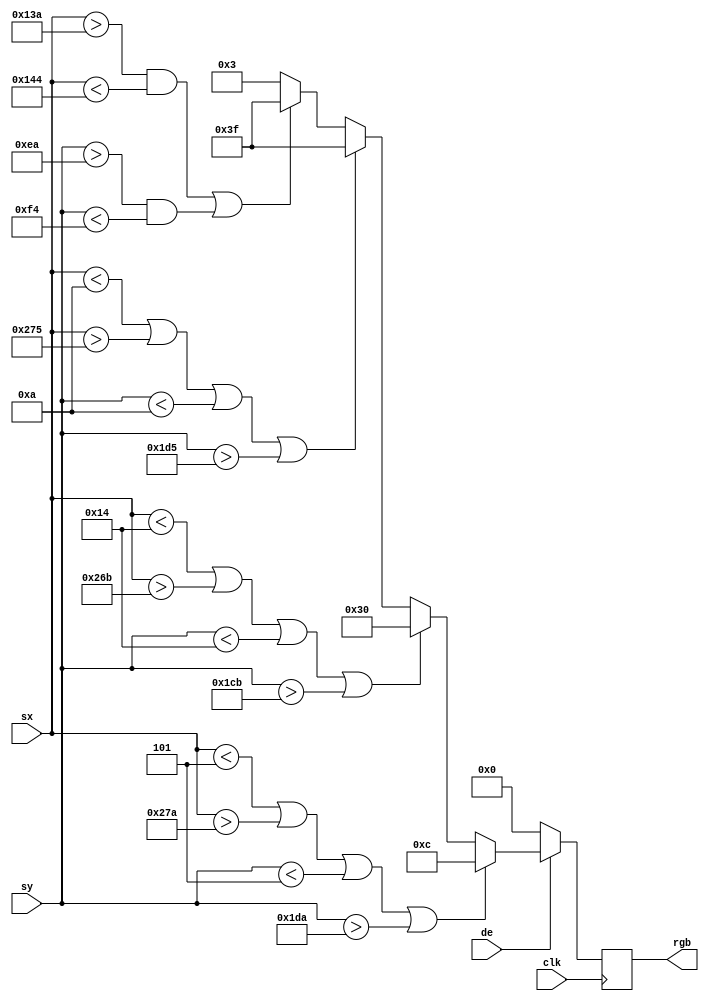
module draw_border
#(
  parameter H_RES = 640,
  parameter V_RES = 480,
  parameter OUTER_WIDTH = 20,
  parameter INNER_WIDTH = 10,
  parameter OUTLINE_WIDTH = 5,
  parameter LINE_PADDING = 5
)
(
  input wire clk,
  input wire de,
  input wire [9:0] sx,
  input wire [9:0] sy,
  output reg [5:0] rgb
);
  localparam cx = (H_RES / 2) - 1;
  localparam cy = (V_RES / 2) - 1;

  always @(posedge clk) begin
    if (de) begin
      // offsets x is 1,-1, y is 4, -1
      if(sx < OUTLINE_WIDTH || sx > H_RES - OUTLINE_WIDTH - 1 || sy < OUTLINE_WIDTH || sy > V_RES - OUTLINE_WIDTH -1)  begin
        rgb <= 6'b001100;
      end else if(sx < OUTER_WIDTH || sx > H_RES - OUTER_WIDTH - 1 || sy < OUTER_WIDTH || sy > V_RES - OUTER_WIDTH - 1) begin
        rgb <= 6'b110000;
      end else if(sx < INNER_WIDTH  || sx > H_RES - INNER_WIDTH - 1 || sy < INNER_WIDTH || sy > V_RES - INNER_WIDTH - 1) begin
        rgb <= 6'b111111;
      end else begin
        if((sx > (cx - LINE_PADDING) && sx < (cx + LINE_PADDING)) || (sy > (cy - LINE_PADDING) && sy < (cy + LINE_PADDING))) begin
          rgb <= 6'b111111;
        end else begin
          rgb <= 6'b000011;
        end
      end
    end else begin
     rgb <=  6'b000000;
    end
  end
endmodule